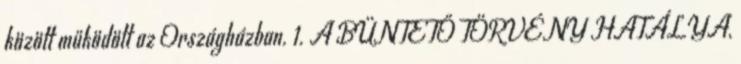
között működött az Országházban. 1. A BÜNTETŐ TÖRVÉNY HATÁLYA,